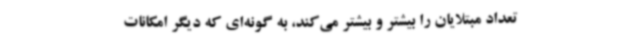
تعداد مبتلایان را بیشتر و بیشتر می‌کند، به گونه‌ای که دیگر امکانات